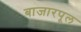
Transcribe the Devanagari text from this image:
बाजारपूल